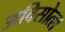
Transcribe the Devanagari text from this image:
अविसोत्ल